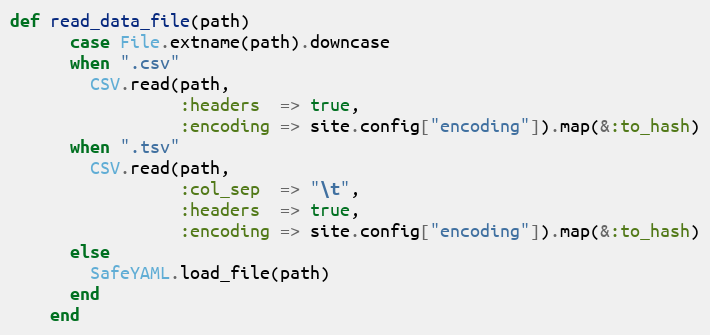
Language: Ruby
def read_data_file(path)
      case File.extname(path).downcase
      when ".csv"
        CSV.read(path,
                 :headers  => true,
                 :encoding => site.config["encoding"]).map(&:to_hash)
      when ".tsv"
        CSV.read(path,
                 :col_sep  => "\t",
                 :headers  => true,
                 :encoding => site.config["encoding"]).map(&:to_hash)
      else
        SafeYAML.load_file(path)
      end
    end